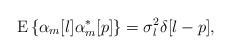
LaTeX: \begin{align*}\mathrm{E}\left\{\alpha_m[l]\alpha_m^*[p]\right\}=\sigma_l^2\delta[l-p],\end{align*}